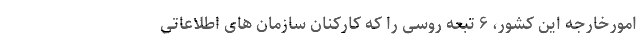
امورخارجه این کشور، ۶ تبعه روسی را که کارکنان سازمان های اطلاعاتی